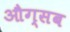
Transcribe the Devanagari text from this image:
औग्सब